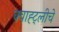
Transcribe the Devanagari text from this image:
क्वाह्ट्लीचे